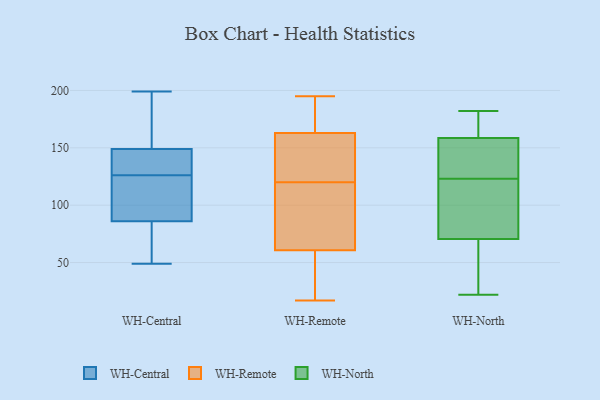
{"axis": {"x": "Operating Costs (USD K)", "y": "Value"}, "legend": ["WH-Central", "WH-North", "WH-Remote"], "data": [{"x": "", "y": 58, "type": "WH-Central"}, {"x": "", "y": 90, "type": "WH-Central"}, {"x": "", "y": 146, "type": "WH-Central"}, {"x": "", "y": 170, "type": "WH-Central"}, {"x": "", "y": 82, "type": "WH-Central"}, {"x": "", "y": 121, "type": "WH-Central"}, {"x": "", "y": 158, "type": "WH-Central"}, {"x": "", "y": 140, "type": "WH-Central"}, {"x": "", "y": 49, "type": "WH-Central"}, {"x": "", "y": 74, "type": "WH-Central"}, {"x": "", "y": 86, "type": "WH-Central"}, {"x": "", "y": 199, "type": "WH-Central"}, {"x": "", "y": 148, "type": "WH-Central"}, {"x": "", "y": 131, "type": "WH-Central"}, {"x": "", "y": 149, "type": "WH-Central"}, {"x": "", "y": 91, "type": "WH-Central"}, {"x": "", "y": 186, "type": "WH-Central"}, {"x": "", "y": 109, "type": "WH-Central"}, {"x": "", "y": 169, "type": "WH-Remote"}, {"x": "", "y": 88, "type": "WH-Remote"}, {"x": "", "y": 28, "type": "WH-Remote"}, {"x": "", "y": 151, "type": "WH-Remote"}, {"x": "", "y": 27, "type": "WH-Remote"}, {"x": "", "y": 161, "type": "WH-Remote"}, {"x": "", "y": 60, "type": "WH-Remote"}, {"x": "", "y": 140, "type": "WH-Remote"}, {"x": "", "y": 17, "type": "WH-Remote"}, {"x": "", "y": 82, "type": "WH-Remote"}, {"x": "", "y": 195, "type": "WH-Remote"}, {"x": "", "y": 61, "type": "WH-Remote"}, {"x": "", "y": 106, "type": "WH-Remote"}, {"x": "", "y": 178, "type": "WH-Remote"}, {"x": "", "y": 137, "type": "WH-Remote"}, {"x": "", "y": 120, "type": "WH-Remote"}, {"x": "", "y": 192, "type": "WH-Remote"}, {"x": "", "y": 66, "type": "WH-North"}, {"x": "", "y": 57, "type": "WH-North"}, {"x": "", "y": 106, "type": "WH-North"}, {"x": "", "y": 110, "type": "WH-North"}, {"x": "", "y": 22, "type": "WH-North"}, {"x": "", "y": 22, "type": "WH-North"}, {"x": "", "y": 178, "type": "WH-North"}, {"x": "", "y": 150, "type": "WH-North"}, {"x": "", "y": 75, "type": "WH-North"}, {"x": "", "y": 182, "type": "WH-North"}, {"x": "", "y": 161, "type": "WH-North"}, {"x": "", "y": 166, "type": "WH-North"}, {"x": "", "y": 87, "type": "WH-North"}, {"x": "", "y": 136, "type": "WH-North"}, {"x": "", "y": 139, "type": "WH-North"}, {"x": "", "y": 156, "type": "WH-North"}]}